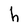
Character: h